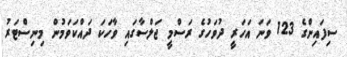
ސިފައިންގެ 123 ވަނަ އަހަރީ ދުވަހުގެ ރަސްމީ ޖަލްސާގައި ވާހަކަ ދައްކަވަމުން މިނިސްޓަރު